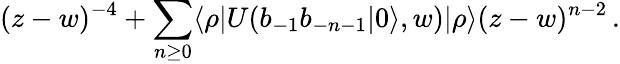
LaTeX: (z-w)^{-4}+\sum_{n\geq 0}\langle\rho|U(b_{-1}b_{-n-1}|0\rangle,w)|\rho\rangle(z-w)^{n-2}\, .